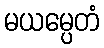
မယမ္ပေတံ